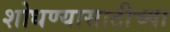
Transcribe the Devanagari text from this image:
शोधण्यासाठीच्या